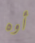
أوه